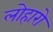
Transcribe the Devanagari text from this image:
लोहारो